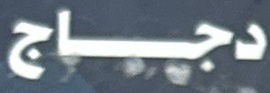
دجاج